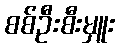
စစ်ဦးစီးမှူး